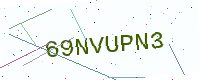
Text: 69NVUPN3